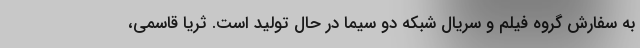
به سفارش گروه فیلم و سریال شبکه دو سیما در حال تولید است. ثریا قاسمی،